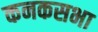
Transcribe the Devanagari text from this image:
कनकसभा